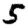
Digit: 5